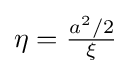
\eta ={\tfrac {a^{2}/2}{\xi }}\